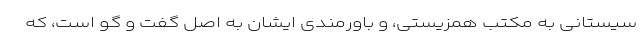
سیستانی به مکتب همزیستی، و باورمندی ایشان به اصل گفت و گو است، که